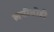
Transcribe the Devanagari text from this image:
लयीचीही